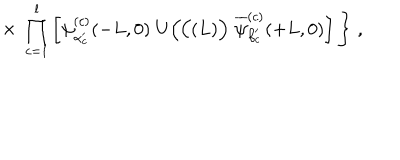
\times \; \prod _ { c = 1 } ^ { l } \left[ \psi _ { \alpha _ { c } ^ { \prime } } ^ { ( c ) } ( - L , 0 ) \; U \Big ( { \cal C } ( L ) \Big ) \; \overline { { { \psi } } } _ { \beta _ { c } ^ { \prime } } ^ { ( c ) } ( + L , 0 ) \right] \Bigg \} \; ,